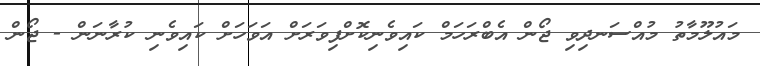
މައުލޫމާތު މުއްސަނދިވި ޖޯން އެބްރަހަމް ކައިވެނިކޮށްފިވަރަށް އަވަހަށް ކައިވެނި ކުރާނަން - ޖޯން